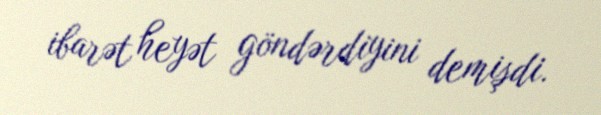
ibarət heyət göndərdiyini demişdi.